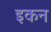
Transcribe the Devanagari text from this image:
इकन